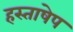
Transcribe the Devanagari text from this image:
हस्ताषेप